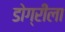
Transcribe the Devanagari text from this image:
डोग्रीला